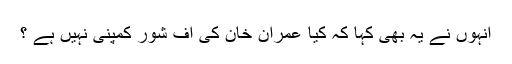
انہوں نے یہ بھی کہا کہ کیا عمران خان کی آف شور کمپنی نہیں ہے ؟